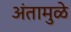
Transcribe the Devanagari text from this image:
अंतामुळे